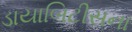
ડાયાબિટીસના